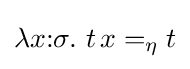
\lambda x{\mathbin {:}}\sigma .~t\,x=_{\eta }t